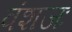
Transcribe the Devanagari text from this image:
वंशजः